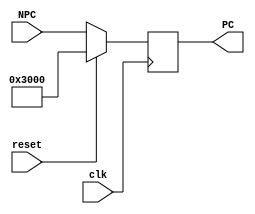
`timescale 1ns / 1ps
//////////////////////////////////////////////////////////////////////////////////
// Company: 
// Engineer: 
// 
// Design Name: 
// Module Name:    PC 
// Project Name: 
// Target Devices: 
// Tool versions: 
// Description: 
//
// Dependencies: 
//
// Revision: 
// Revision 0.01 - File Created
// Additional Comments: 
//
//////////////////////////////////////////////////////////////////////////////////
module PC(
	 input [31:0] NPC,
    input clk,//mips
    input reset,//mips
    output [31:0] PC
	 //output reg [31:0] code
    );
	
reg [31:0] code;

initial begin
	code <= 32'h0000_3000;
end

always @(posedge clk)begin
	if(reset)begin
		code <= 32'h0000_3000;
	end
	else begin
		code <= NPC;
	end
end

assign PC = code;

endmodule